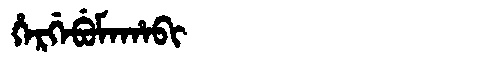
Manchu: ᡥᡝᡵᡤᡝᠪᡠᠮᠠᡥᠠᠪᡳ
Romanization: HERGEBUMAHABI